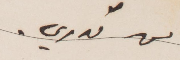
من قدري.